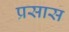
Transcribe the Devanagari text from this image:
प्रसास